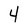
Character: 4